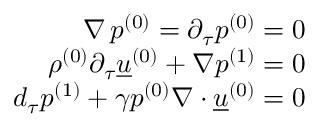
\begin{array} { r } { \nabla \, \ensuremath { p ^ { ( 0 ) } } = \partial _ { \tau } \ensuremath { p ^ { ( 0 ) } } = 0 } \\ { \ensuremath { \rho ^ { ( 0 ) } } \partial _ { \tau } \ensuremath { \underline { { u } } ^ { ( 0 ) } } + \nabla \ensuremath { p ^ { ( 1 ) } } = 0 } \\ { d _ { \tau } \ensuremath { p ^ { ( 1 ) } } + \gamma \ensuremath { p ^ { ( 0 ) } } \nabla \ensuremath { \boldsymbol { \cdot } } \ensuremath { \underline { { u } } ^ { ( 0 ) } } = 0 } \end{array}